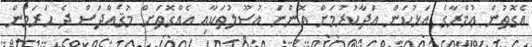
އެގޮތުން ޢުމްރާގެ އަޅުކަން އަދާކުރުމަށް އޮންނަ އުސޫލުތަކާއި އެއްގޮތަށް މުޤައްދަސް ދެ ޙަރަމުން